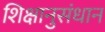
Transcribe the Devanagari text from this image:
शिक्षानुसंधान